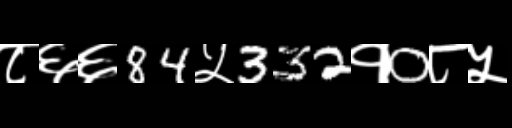
Text: ८६६84५332१0८५